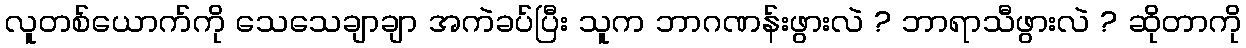
လူတစ်ယောက်ကို သေသေချာချာ အကဲခပ်ပြီး သူက ဘာဂဏန်းဖွားလဲ ? ဘာရာသီဖွားလဲ ? ဆိုတာကို